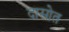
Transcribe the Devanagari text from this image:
दासोत